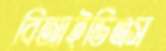
বিআইডিএস